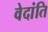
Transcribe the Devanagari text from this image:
वेदांति